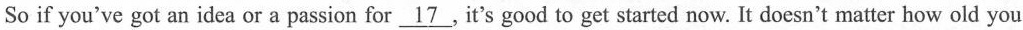
So if you've got an idea or a passion for \underline{17}，It's good to get started now. It doesn't matter how old you